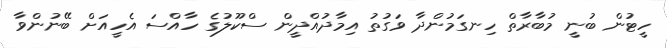
ހީޓުން ބުނީ މުބާރާތް ހިނގަމުންދާ ވަގުތު އިމާދުއްދީން ސްކޫލުގެ ހާއްސަ އެހީއަށް ބޭނުންވާ